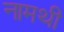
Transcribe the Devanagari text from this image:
नामथी